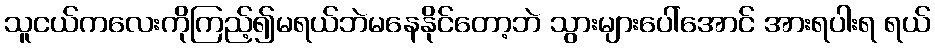
သူငယ်ကလေးကိုကြည့်၍မရယ်ဘဲမနေနိုင်တော့ဘဲ သွားများပေါ်အောင် အားရပါးရ ရယ်